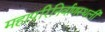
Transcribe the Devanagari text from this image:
महापरिनिर्वाणस्थली